Report of the Indian Hemp Drugs Commission, 1894-1895 - Volume VI
Year: 1894
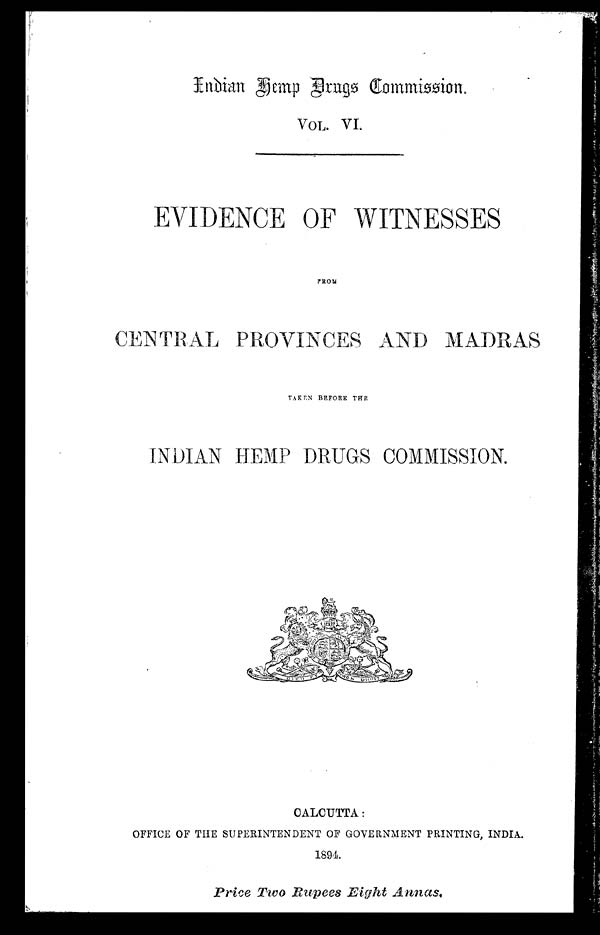
`Indian Hemp Drugs Commission.
VOL. V
I.
EVIDENCE OF WITNESSES
FROM
CENTRAL PROVINCES AND MADRAS
TAKEN BEFORE THE
INDIAN HEMP DRUGS COMMISSION.
CALCUTTA :
OFFICE OF THE SUPERINTENDENT OF GOVERNMENT PRINTING, INDIA .
1894.
Price Two Rupees Eight Annas.